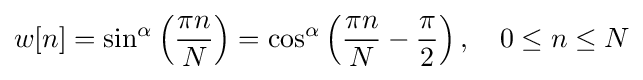
w[n]=\sin ^{\alpha }\left({\frac {\pi n}{N}}\right)=\cos ^{\alpha }\left({\frac {\pi n}{N}}-{\frac {\pi }{2}}\right),\quad 0\leq n\leq N